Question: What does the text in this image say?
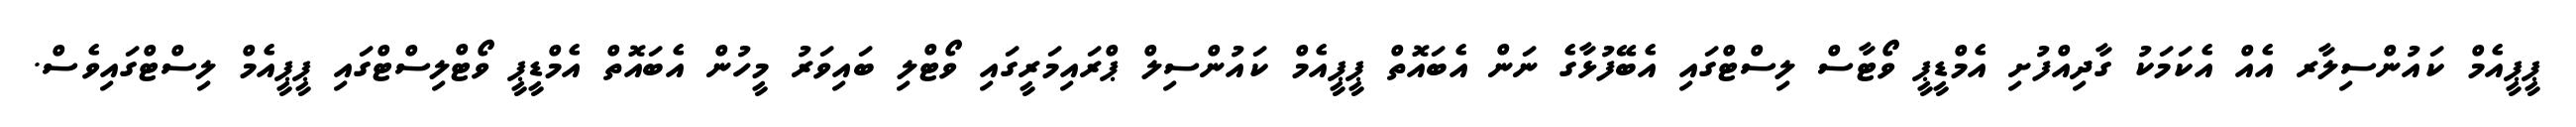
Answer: ޕީޕީއެމް ކައުންސިލާރ އެއް އެކަމަކު ގާދިއްފުށި އެމްޑީޕީ ވޯޓާސް ލިސްޓްގައި އެބޭފުޅާގެ ނަން އެބައޮތް ޕީޕީއެމް ކައުންސިލް ޕްރައިމަރީގައި ވޯޓްލި ބައިވަރު މީހުން އެބައޮތް އެމްޑީޕީ ވޯޓްލިސްޓްގައި ޕީޕީއެމް ލިސްޓްގައިވެސް.